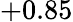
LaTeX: +0.85